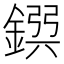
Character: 𨩸